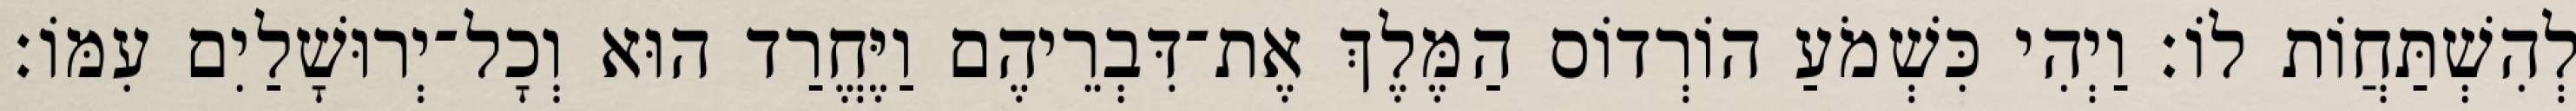
לְהִשְׁתַּחֲוֹת לוֹ׃ וַיְהִי כִּשְׁמֹעַ הוֹרְדוֹס הַמֶּלֶךְ אֶת־דִּבְרֵיהֶם וַיֶּחֱרַד הוּא וְכָל־יְרוּשָׁלַיִם עִמּוֹ׃